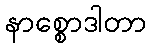
နာစ္စောဒါတာ